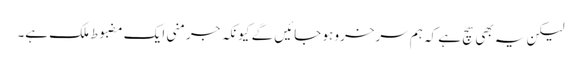
لیکن یہ بھی سچ ہے کہ ہم سرخرو ہو جائیں گے کیونکہ جرمنی ایک مضبوط ملک ہے۔